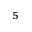
_ 5